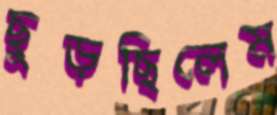
ছুড়ছিলেম